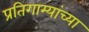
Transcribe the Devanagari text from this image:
प्रतिगाम्यांच्या